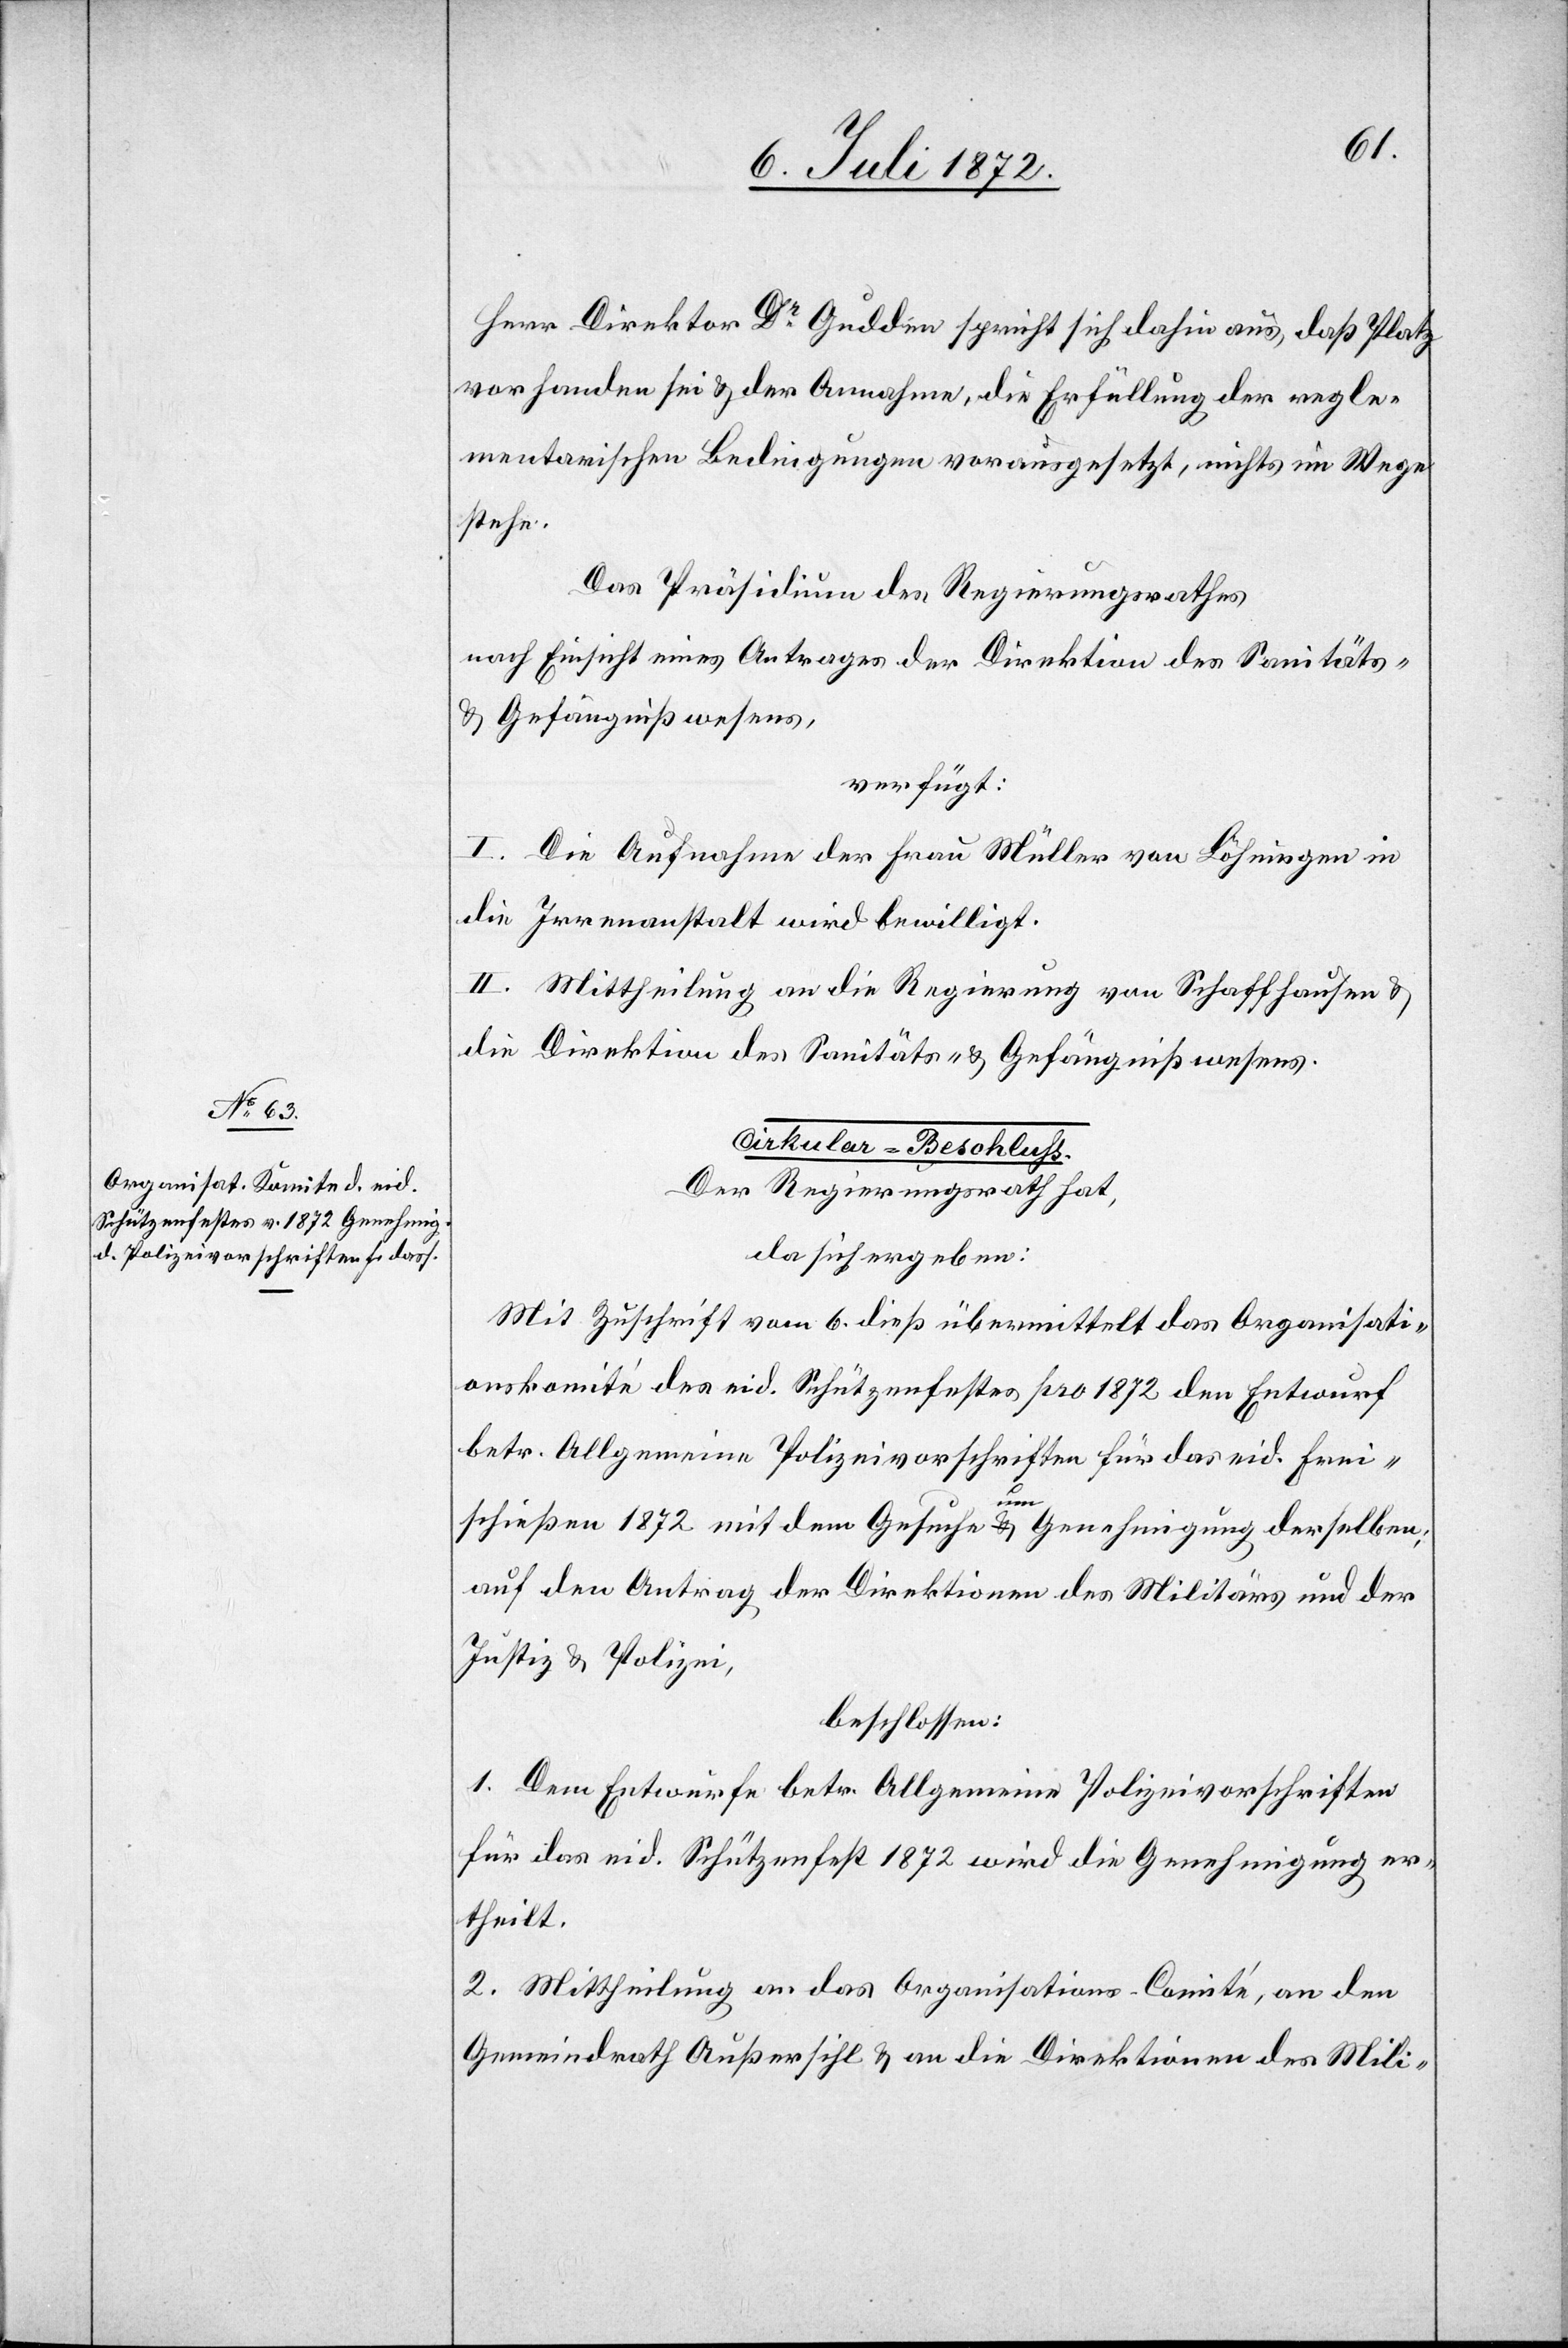
Herr Direktor Dr Gulden spricht sich dahin aus, daß Platz
vorhanden sei u. der Annahme, die Erfüllung der regle¬
mentarischen Bedingungen vorausgesetzt, nichts im Wege
stehe.
Das Präsidium des Regierungsrathes
nach Einsicht eines Antrages der Direktion des Sanitäts-
u. Gefängnißwesens,
verfügt:
I. Die Aufnahme der Frau Müller von Löhningen in
die Irrenanstalt wird bewilligt.
II. Mittheilung an die Regierung von Schaffhausen u.
die Direktion des Sanitäts- u. Gefängnißwesens.
Cirkular-Beschluss.
Der Regierungsrath hat,
da sich ergeben:
Mit Zuschrift vom 6. dieß übermittelt das Organisati¬
onskomité des eid. Schützenfestes pro 1872 den Entwurf
betr. Allgemeine Polizeivorschriften für das eid. Frei¬
schießen 1872 mit dem Gesuche um Genehmigung derselben;
auf den Antrag der Direktionen des Militärs und der
Justiz u. Polizei,
beschlossen:
1. Dem Entwurfe betr. Allgemeine Polizeivorschriften
für das eid. Schützenfest 1872 wird die Genehmigung er¬
theilt.
2. Mittheilung an das Organisations-Comité, an den
Gemeindrath Außersihl u. an die Direktionen des Mili-